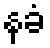
နခံ